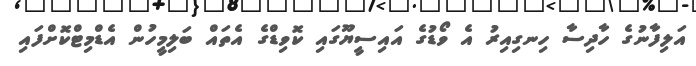
އަލިފާނުގެ ހާދިސާ ހިނގިއިރު އެ ވޯޑުގެ އައިސީޔޫގައި ކޮވިޑްގެ އެތައް ބަލިމީހުން އެޑްމިޓްކޮށްފައި